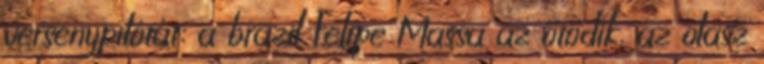
versenypilótát: a brazil Felipe Massa az ötödik, az olasz